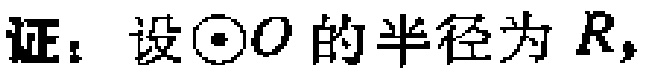
证：设\(\odot O\)的半径为\(R\)，